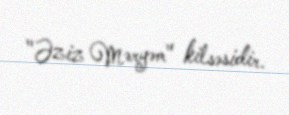
"Əziz Məryəm" kilsəsidir.